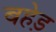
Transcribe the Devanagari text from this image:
बहेड़